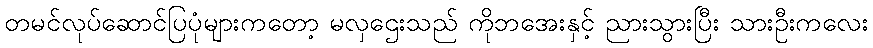
တမင်လုပ်ဆောင်ပြပုံများကတော့ မလှဌေးသည် ကိုဘအေးနှင့် ညားသွားပြီး သားဦးကလေး